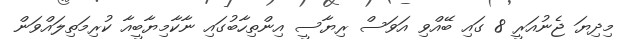
މިދިޔަ ޖެނުއަރީ 8 ގައި ބޭއްވި އަވަސް ރިޔާސީ އިންތިހާބުގައި ނާކާމިޔާބީއާ ކުރިމަތިލައްވަން